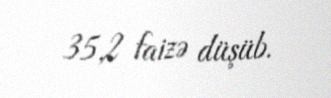
35,2 faizə düşüb.